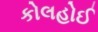
કોલહોઈ